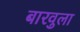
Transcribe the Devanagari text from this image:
बारवुला